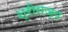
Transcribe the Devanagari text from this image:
श्रीराज्य